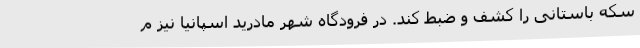
سکه باستانی را کشف و ضبط کند. در فرودگاه شهر مادرید اسپانیا نیز م